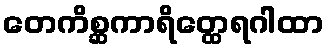
တေကိစ္ဆကာရိတ္ထေရဂါထာ